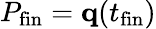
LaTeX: P_{\mathrm{fin}}=\mathbf{q}(t_{\mathrm{fin}})